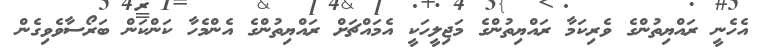
އެހެނީ ރައްޔިތުންގެ ވެރިކަމާ ރައްޔިތުންގެ މަޖިލީހަކީ އެމައްޗަށް ރައްޔިތުންގެ އެންމެހާ ކަންކަން ބަރޯސާވެވިގެން